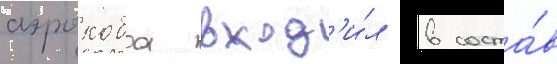
аэрокобра вход'и́л в соста́в